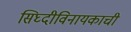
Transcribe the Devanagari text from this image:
सिघ्दीविनायकाची